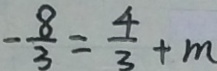
- \frac { 8 } { 3 } = \frac { 4 } { 3 } + m